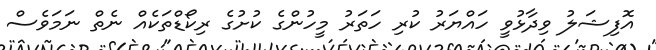
އޮފިޝަލު ވިދާޅުވީ ހައްޔަރު ކުރި ހަތަރު މީހުންގެ ކުށުގެ ރިކޯޑްތަކެއް ނެތް ނަމަވެސް